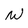
Character: W